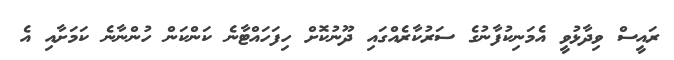
ރައީސް ވިދާޅުވީ އެމަނިކުފާނުގެ ސަރުކާރެއްގައި ދޫނުކޮށް ހިފަހައްޓާނެ ކަންކަން ހުންނާނެ ކަމަށާއި އެ